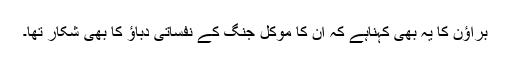
براؤن کا یہ بھی کہناہے کہ ان کا موکل جنگ کے نفساتی دباؤ کا بھی شکار تھا۔